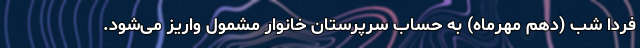
فردا شب (دهم مهرماه) به حساب سرپرستان خانوار مشمول واریز می‌شود.